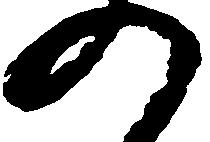
の